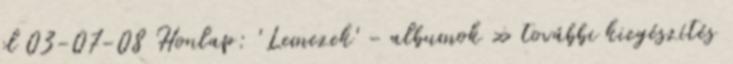
el 03-07-08 Honlap: 'Lemezek' - albumok » további kiegészítés